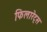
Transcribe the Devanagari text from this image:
फिलारेट्स